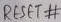
Text: RESET#